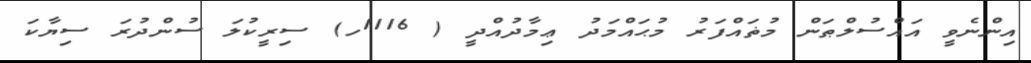
އިންނެވީ އައްސުލްޠަން މުޡައްފަރު މުޙައްމަދު ޢިމާދުއްދީ ( 1116ހ) ސިރީކުލަ ސުންދުރަ ސިޔާކަ